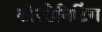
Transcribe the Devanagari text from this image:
कोरडेनिटिंग